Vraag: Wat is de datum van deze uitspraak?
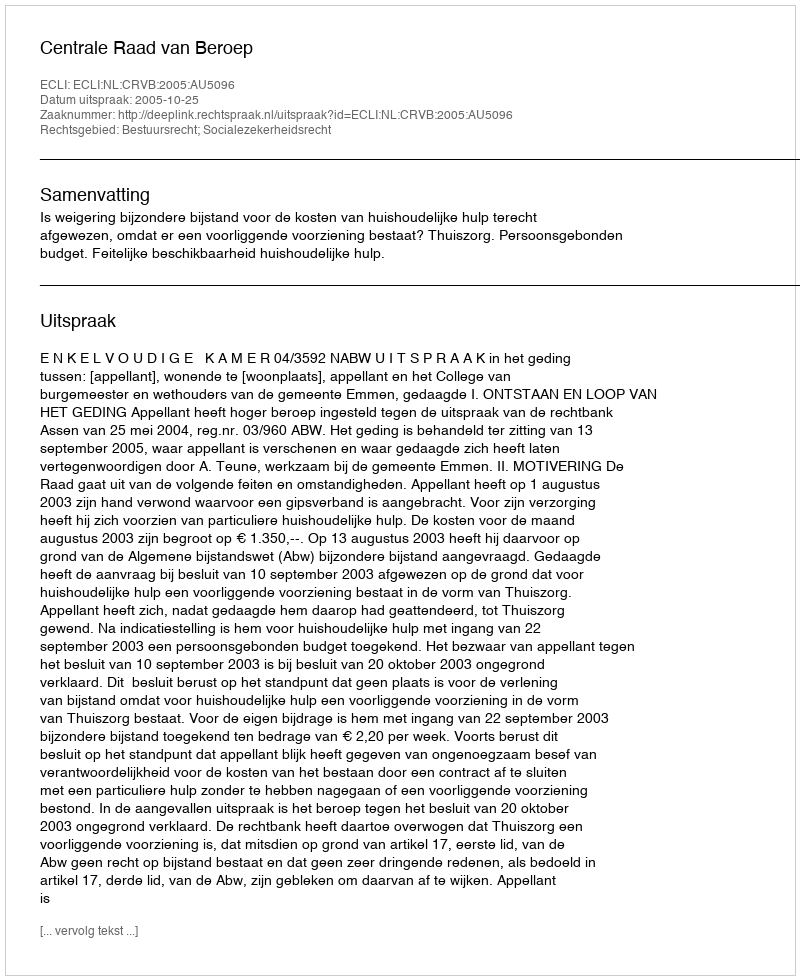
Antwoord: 2005-10-25